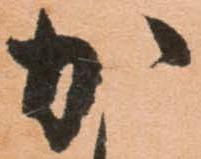
か